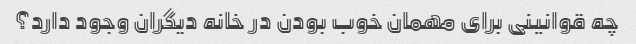
چه قوانینی برای مهمان خوب بودن در خانه دیگران وجود دارد؟